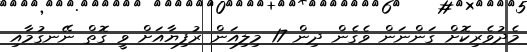
މެދުވެރިކޮށް ގަންނަން ވެގެން ދިން 17 މިލިއަން ރުފިޔާއަށް ވީ ގޮތް ނޭނގުމާއި